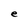
Character: e